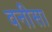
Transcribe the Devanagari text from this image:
वनीसा